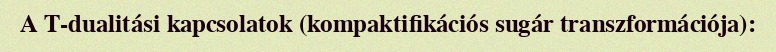
A T-dualitási kapcsolatok (kompaktifikációs sugár transzformációja):